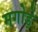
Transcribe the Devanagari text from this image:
मगोड़े